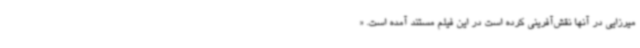
میرزایی در آنها نقش‌آفرینی کرده است در این فیلم مستند آمده است. «